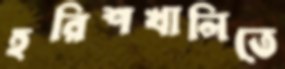
হরিশখালিতে